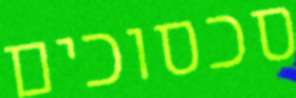
סכסוכים